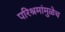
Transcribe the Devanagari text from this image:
परिश्रमांमुळेच